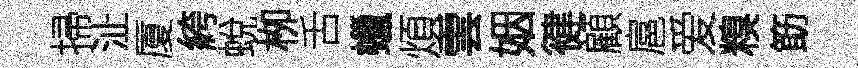
掃沚厦絝蛻栁舌蠟煩雲姻徤顧扈爱糗筯